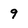
Character: 9